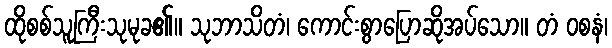
ထိုစစ်သူကြီးသုမုခ၏။ သုဘာသိတံ၊ ကောင်းစွာပြောဆိုအပ်သော။ တံ ဝစနံ၊